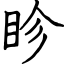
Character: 眕